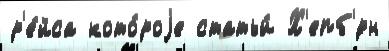
р'е́йса кото́роjе статьи́ Х'епб'́рн